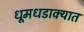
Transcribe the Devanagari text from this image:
धूमधडाक्यात